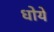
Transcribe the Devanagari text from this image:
धोयें